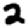
Digit: 2